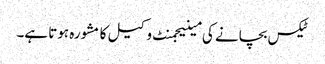
ٹیکس بچانے کی مینیجمنٹ وکیل کا مشورہ ہوتا ہے۔